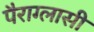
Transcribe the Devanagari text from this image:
पैराग्लासी